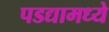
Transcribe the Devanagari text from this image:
पडद्यामध्ये